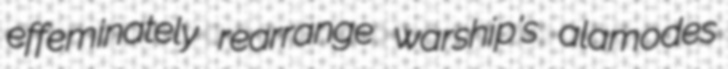
effeminately rearrange warship's alamodes